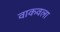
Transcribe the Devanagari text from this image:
वाकवला